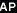
AP